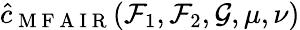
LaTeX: \hat{c}_{\mathrm{~M~F~A~I~R~}}(\mathcal{F}_{1},\mathcal{F}_{2},\mathcal{G},\mu,\nu)